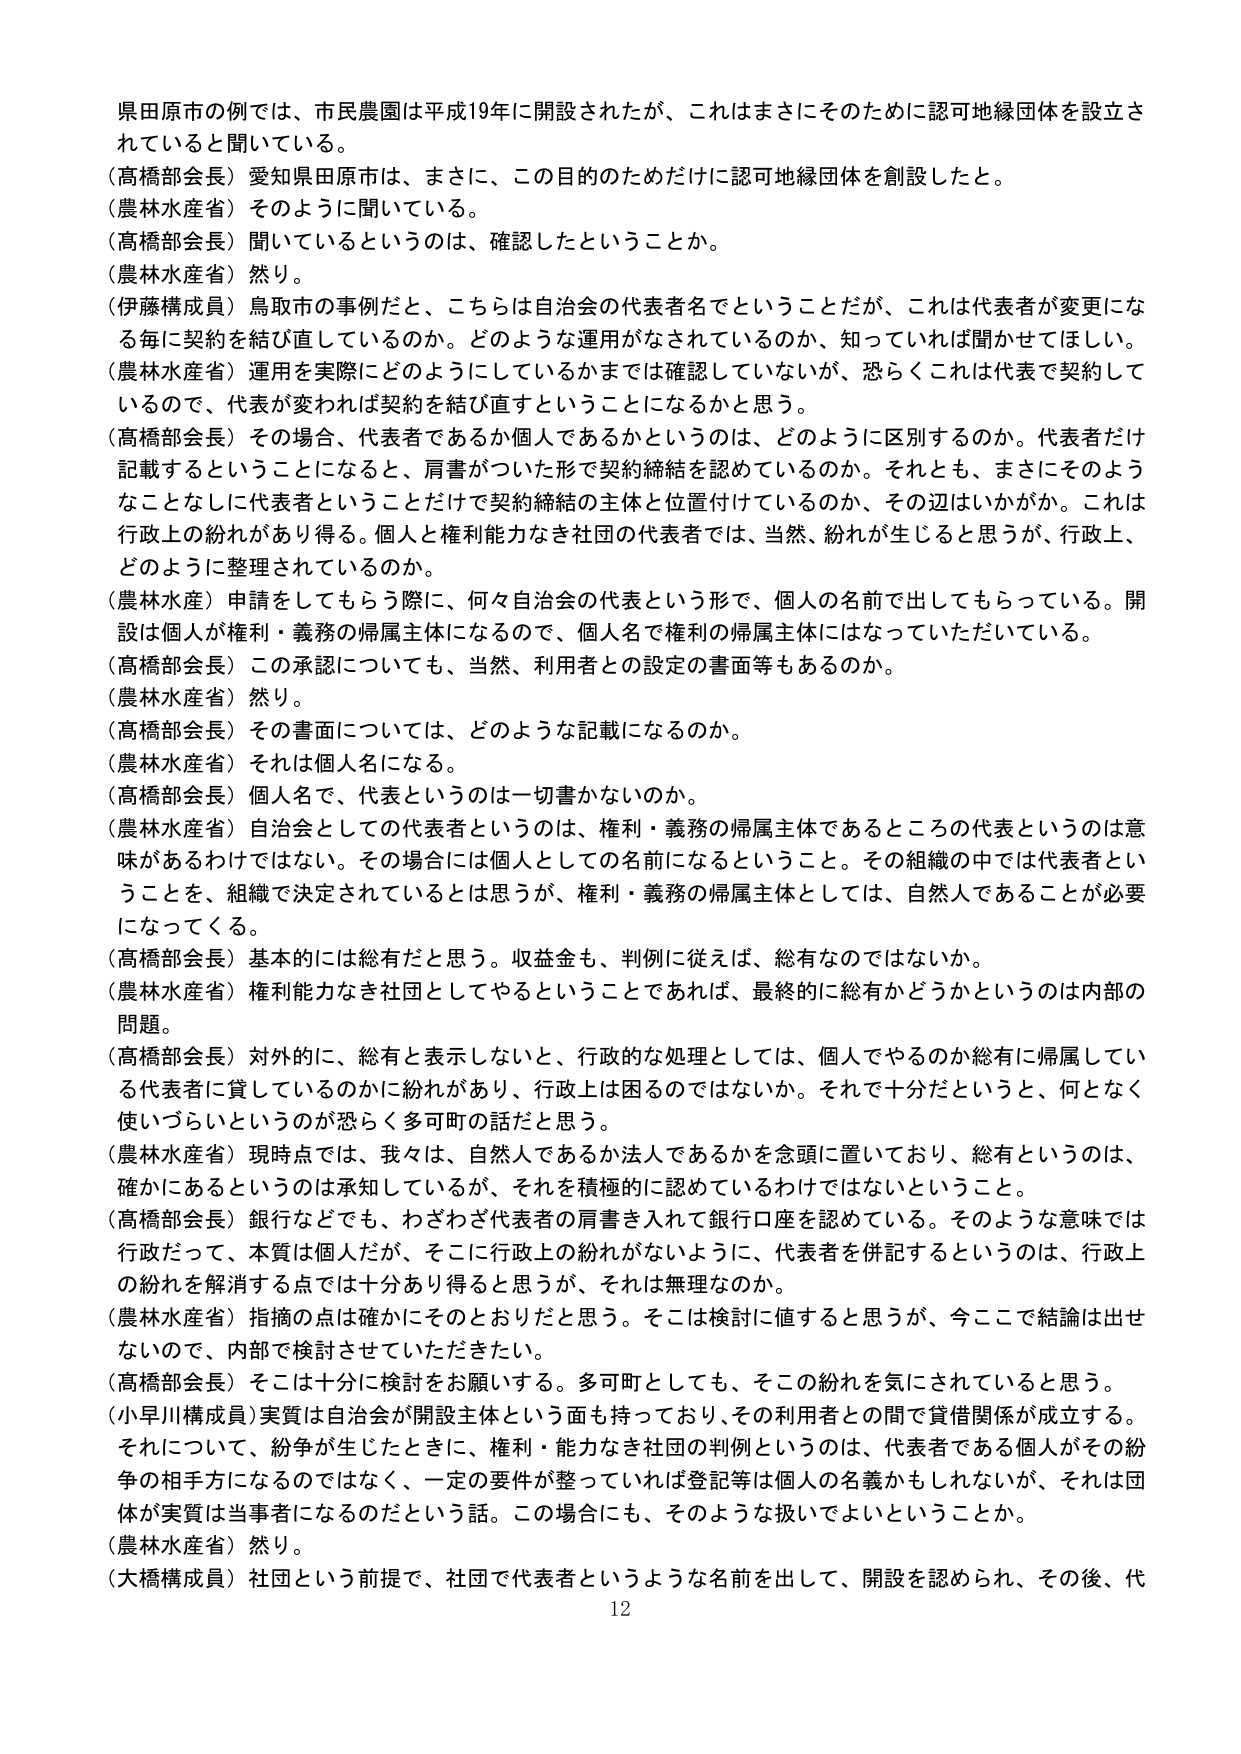
県田原市の例では、市民農園は平成19年に開設されたが、これはまさにそのために認可地縁団体を設立されていると聞いている。

（高橋部会長）愛知県田原市は、まさに、この目的のためだけに認可地縁団体を創設したと。

（農林水産省）そのように聞いている。

（高橋部会長）聞いているというのは、確認したということか。

（農林水産省）然り。

（伊藤構成員）鳥取市の事例だと、こちらは自治会の代表者名でということだが、これは代表者が変更になる毎に契約を結び直しているのか。どのような運用がなされているのか、知っていれば聞かせてほしい。

（農林水産省）運用を実際にどのようにしているかまでは確認していないが、恐らくこれは代表で契約しているので、代表が変われば契約を結び直すということになるかと思う。

（高橋部会長）その場合、代表者であるか個人であるかというのは、どのように区別するのか。代表者だけ記載するということになると、肩書がついた形で契約締結を認めているのか。それとも、まさにそのようなことなしに代表者ということだけで契約締結の主体と位置付けていているのか、その辺はいかがか。これは行政上の紛れがあり得る。個人と権利能力なき社団の代表者では、当然、紛れが生じると思うが、行政上、どのように整理されているのか。

（農林水産省）申請をしてもらう際に、何々自治会の代表という形で、個人の名前で出してもらっている。開設は個人が権利・義務の帰属主体になるので、個人名で権利の帰属主体にはなっていただいている。

（高橋部会長）この承認についても、当然、利用者との設定の書面等もあるのか。

（農林水産省）然り。

（高橋部会長）その書面については、どのような記載になるのか。

（農林水産省）それは個人名になる。

（高橋部会長）個人名で、代表というのは一切書かないのか。

（農林水産省）自治会としての代表者というのは、権利・義務の帰属主体であるところの代表というのは意味があるわけではない。その場合には個人としての名前になるということ。その組織の中では代表者ということを、組織で決定されているとは思うが、権利・義務の帰属主体としては、自然人であることが必要になってくる。

（高橋部会長）基本的には総有だと思う。収益金も、判例に従えば、総有なのではないか。

（農林水産省）権利能力なき社団としてやるということであれば、最終的に総有かどうかというのは内部の問題。

（高橋部会長）対外的に、総有と表示しないと、行政的な処理としては、個人でやるのか総有に帰属している代表者に貸しているのかに紛れがあり、行政上は困るのではないか。それで十分だというと、何となく使いづらいというのが恐らく多可町の話だと思う。

（農林水産省）現時点では、我々は、自然人であるか法人であるかを念頭に置いており、総有というのは、確かにあろうというのは承知しているが、それを積極的に認めているわけではないということ。

（高橋部会長）銀行などでも、わざわざ代表者の肩書き入れて銀行口座を認めている。そのような意味では行政だって、本質は個人だが、そこに行政上の紛れがないように、代表者を併記するというのは、行政上の紛れを解消する点では十分あり得ると思うが、それは無理なのか。

（農林水産省）指摘の点は確かにそのとおりだと思う。そこは検討に値すると思うが、今ここで結論は出せないので、内部で検討させていただきたい。

（高橋部会長）そこは十分に検討をお願いする。多可町としても、そこの紛れを気にされていると思う。

（小早川構成員）実質は自治会が開設主体という面も持っており、その利用者との間で貸借関係が成立する。それについて、紛争が生じたときに、権利・能力なき社団の判例というのは、代表者である個人がその紛争の相手方になるのではなく、一定の要件が整っていれば登記等は個人の名義かもしれないが、それは団体が実質は当事者になるのだという話。この場合にも、そのような扱いでよいということか。

（農林水産省）然り。

（大橋構成員）社団という前提で、社団で代表者というような名前を出して、開設を認められ、その後、代

12